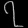
Digit: ၇